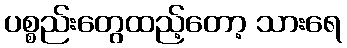
ပစ္စည်းတွေထည့်တော့ သားရေ